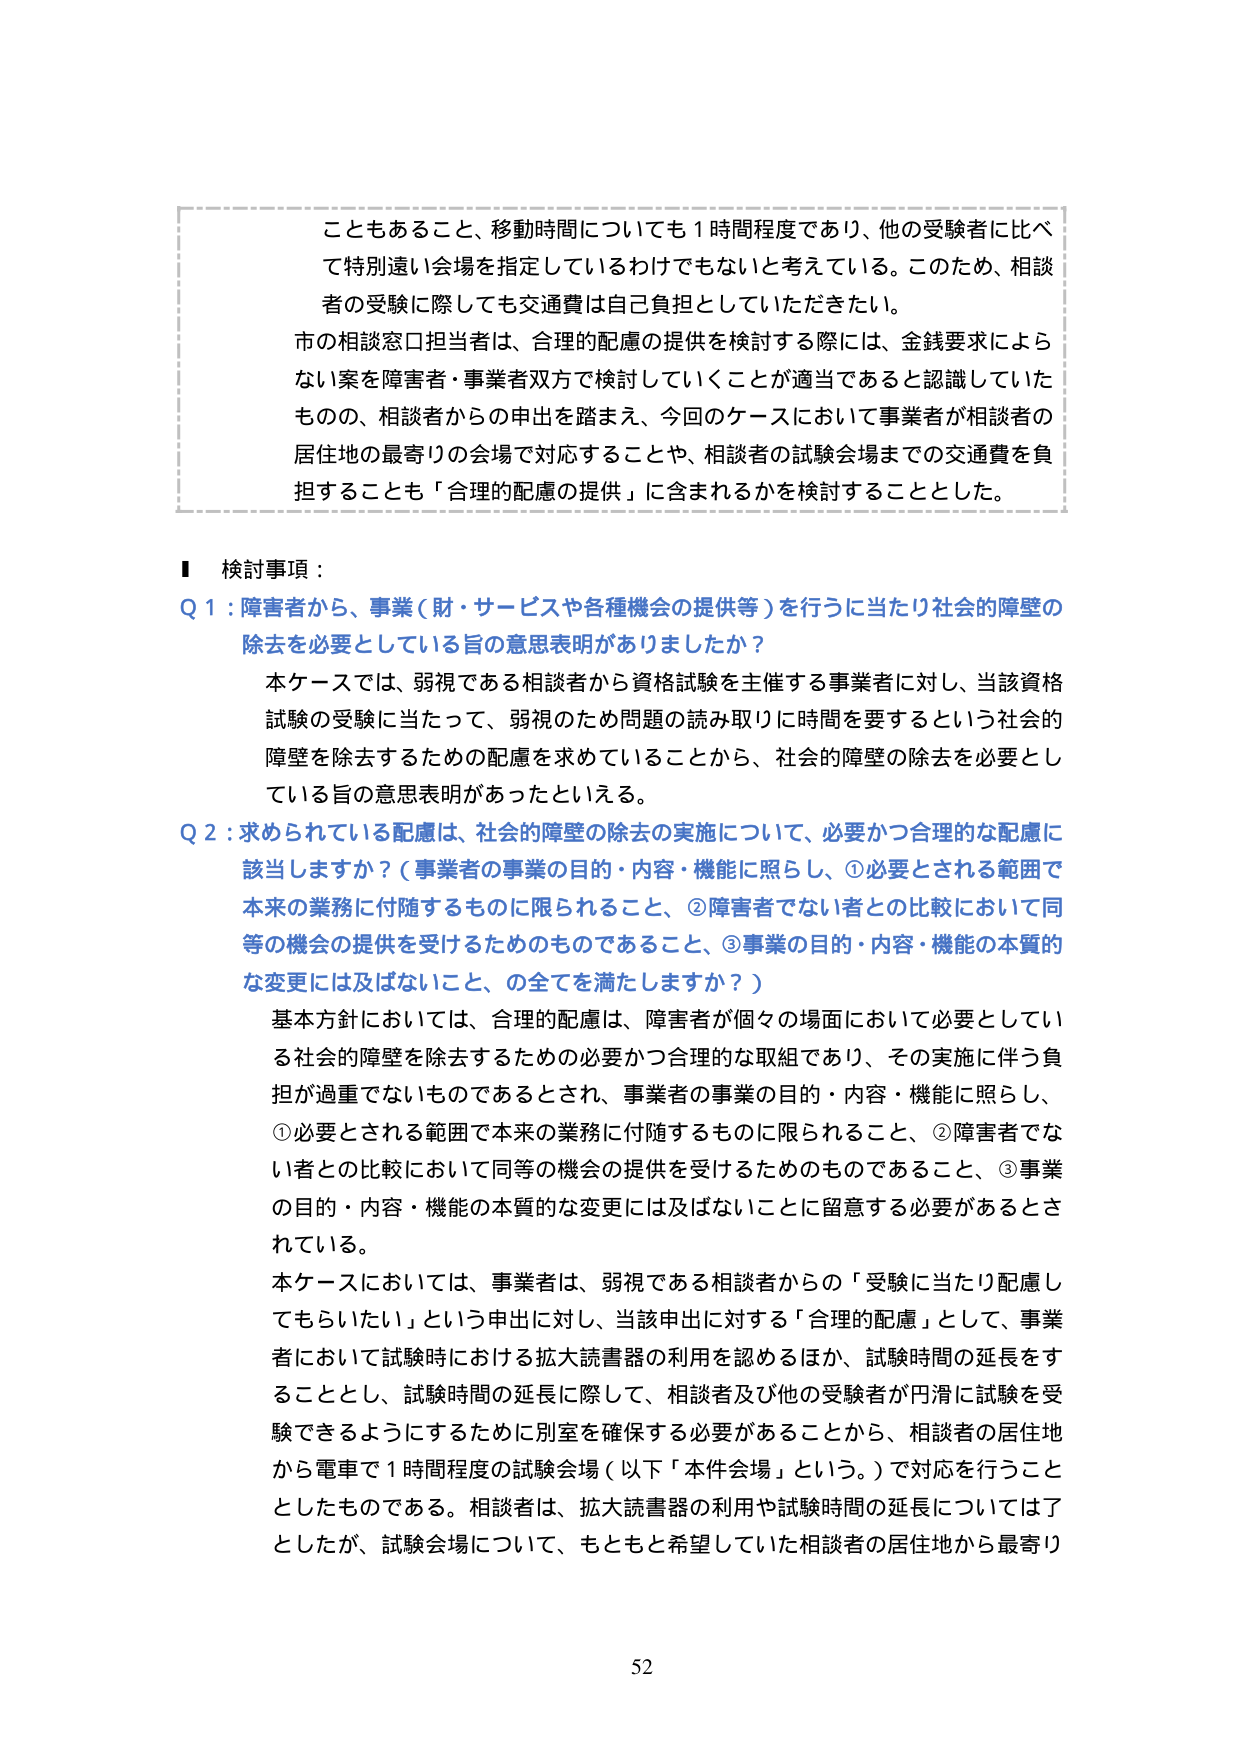
こともあること、移動時間についても１時間程度であり、他の受験者に比べて特別遠い会場を指定しているわけでもないと考えている。このため、相談者の受験に際しても交通費は自己負担としていただきたい。

市の相談窓口担当者は、合理的配慮の提供を検討する際には、金銭要求によらない案を障害者・事業者双方で検討していくことが適当であると認識していたものの、相談者からの申出を踏まえ、今回のケースにおいて事業者が相談者の居住地の最寄りの会場で対応することや、相談者の試験会場までの交通費を負担することも「合理的配慮の提供」に含まれるかを検討することとした。

■ 検討事項：

Q 1：障害者から、事業（財・サービスや各種機会の提供等）を行うに当たり社会的障壁の除去を必要としている旨の意思表明がありましたか？

本ケースでは、弱視である相談者から資格試験を主催する事業者に対し、当該資格試験の受験に当たって、弱視のため問題の読み取りに時間を要するという社会的障壁を除去するための配慮を求めていることから、社会的障壁の除去を必要としている旨の意思表明があったといえる。

Q 2：求められている配慮は、社会的障壁の除去の実施について、必要かつ合理的な配慮に該当しますか？（事業者の事業の目的・内容・機能に照らし、①必要とされる範囲で本来の業務に付随するものに限られること、②障害者でない者との比較において同等の機会の提供を受けるためのものであること、③事業の目的・内容・機能の本質的な変更には及ばないこと、の全てを満たしますか？）

基本方針においては、合理的配慮は、障害者が個々の場面において必要としている社会的障壁を除去するための必要かつ合理的な取組であり、その実施に伴う負担が過重でないものであるとされ、事業者の事業の目的・内容・機能に照らし、①必要とされる範囲で本来の業務に付随するものに限られること、②障害者でない者との比較において同等の機会の提供を受けるためのものであること、③事業の目的・内容・機能の本質的な変更には及ばないことに留意する必要があるとされている。

本ケースにおいては、事業者は、弱視である相談者からの「受験に当たり配慮してもらいたい」という申出に対し、当該申出に対する「合理的配慮」として、事業者において試験時における拡大読書器の利用を認めるほか、試験時間の延長をすることとし、試験時間の延長に際して、相談者及び他の受験者が円滑に試験を受験できるようにするために別室を確保する必要があることから、相談者の居住地から電車で１時間程度の試験会場（以下「本件会場」という。）で対応を行うこととしたものである。相談者は、拡大読書器の利用や試験時間の延長については了としたが、試験会場について、もともと希望していた相談者の居住地から最寄り

52